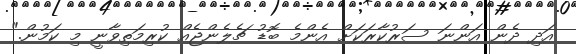
އަދި ދެން އަންނަ ސަރުކާރަކަށް އެންމެ ބޮޑު ޗެލެންޖެއް ކުރިމަތިވާނީ މި ކަމުން."